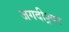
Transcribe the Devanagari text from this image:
जगदीश्र्वर